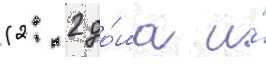
(2: 2 до́ма и́